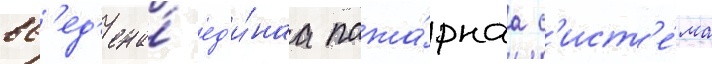
вв'ед'ена́ ед'и́наа пожа́рнаа с'ист'е́ма